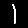
Digit: 1